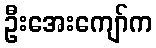
ဦးအေးကျော်က